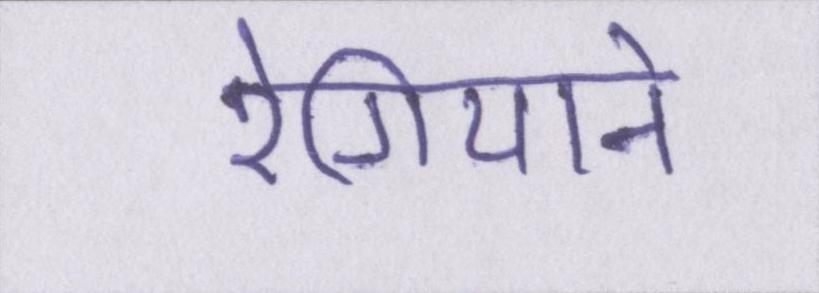
रेगियाने